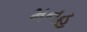
મનહ